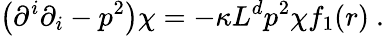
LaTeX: \left(\partial^{i}\partial_{i}-p^{2}\right)\chi=-\kappa L^{d}p^{2}\chi f_{1}(r)~.